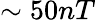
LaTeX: \sim 50nT